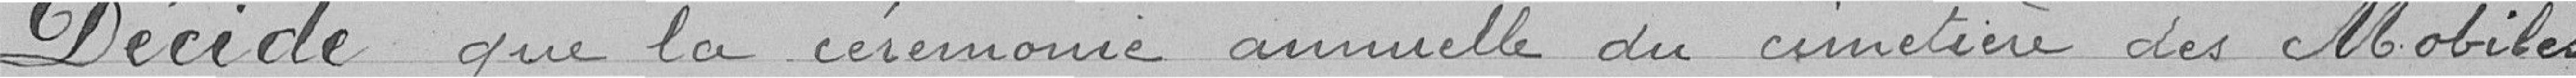
Décide que la cérémonie annuelle du cimetière des Mobiles